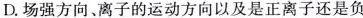
D.场强方向、离子的运动方向以及是正离子还是负